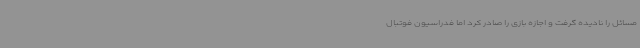
مسائل را نادیده گرفت و اجازه بازی را صادر کرد اما فدراسیون فوتبال